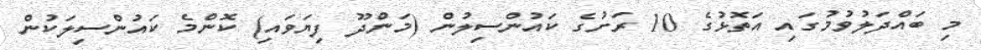
މި ބައްދަލުވުމުގައި އަތޮޅުގެ 10 ރަށުގެ ކައުންސިލުން (މަންދޫ ފިޔަވައި) ކޮންމެ ކައުންސިލަކުން